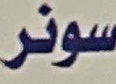
سونر